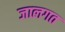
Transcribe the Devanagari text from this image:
जालगत